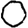
Digit: 0